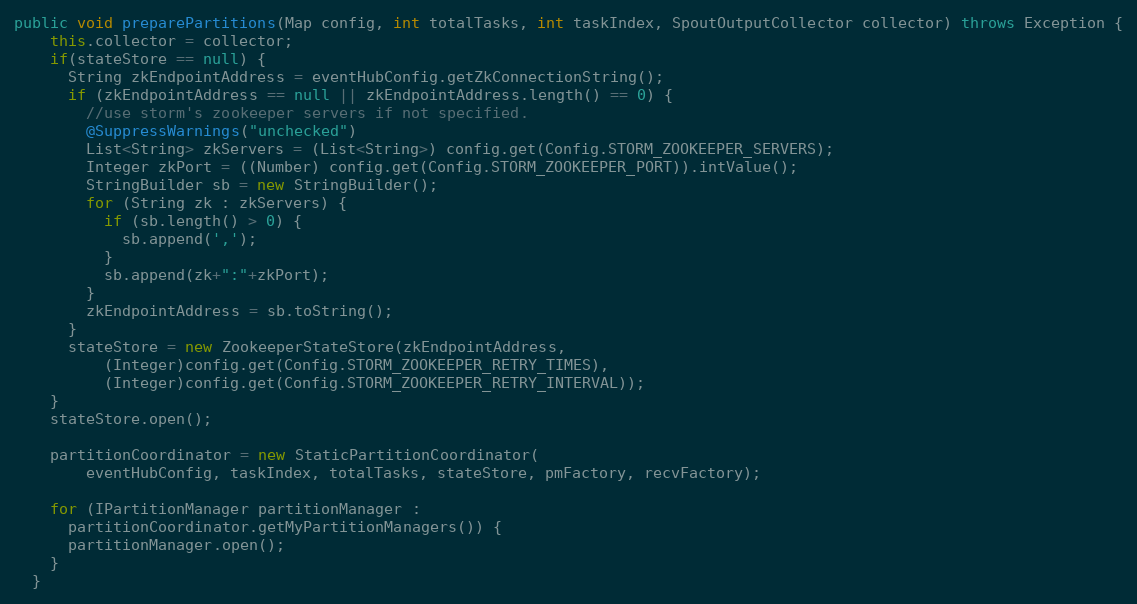
Language: Java
public void preparePartitions(Map config, int totalTasks, int taskIndex, SpoutOutputCollector collector) throws Exception {
    this.collector = collector;
    if(stateStore == null) {
      String zkEndpointAddress = eventHubConfig.getZkConnectionString();
      if (zkEndpointAddress == null || zkEndpointAddress.length() == 0) {
        //use storm's zookeeper servers if not specified.
        @SuppressWarnings("unchecked")
        List<String> zkServers = (List<String>) config.get(Config.STORM_ZOOKEEPER_SERVERS);
        Integer zkPort = ((Number) config.get(Config.STORM_ZOOKEEPER_PORT)).intValue();
        StringBuilder sb = new StringBuilder();
        for (String zk : zkServers) {
          if (sb.length() > 0) {
            sb.append(',');
          }
          sb.append(zk+":"+zkPort);
        }
        zkEndpointAddress = sb.toString();
      }
      stateStore = new ZookeeperStateStore(zkEndpointAddress,
          (Integer)config.get(Config.STORM_ZOOKEEPER_RETRY_TIMES),
          (Integer)config.get(Config.STORM_ZOOKEEPER_RETRY_INTERVAL));
    }
    stateStore.open();

    partitionCoordinator = new StaticPartitionCoordinator(
        eventHubConfig, taskIndex, totalTasks, stateStore, pmFactory, recvFactory);

    for (IPartitionManager partitionManager :
      partitionCoordinator.getMyPartitionManagers()) {
      partitionManager.open();
    }
  }